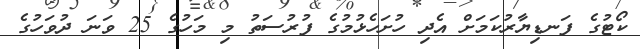
ކޯޓުގެ ފަނޑިޔާރުކަމަށް އެދި ހުށަހެޅުމުގެ ފުރުސަތު މި މަހުގެ 25 ވަނަ ދުވަހުގެ